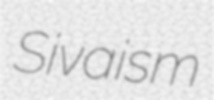
Sivaism